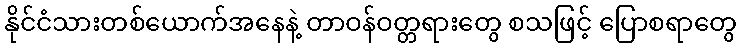
နိုင်ငံသားတစ်ယောက်အနေနဲ့ တာဝန်ဝတ္တရားတွေ စသဖြင့် ပြောစရာတွေ